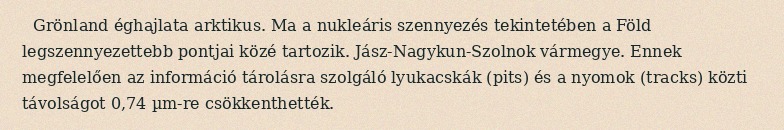
Grönland éghajlata arktikus. Ma a nukleáris szennyezés tekintetében a Föld legszennyezettebb pontjai közé tartozik. Jász-Nagykun-Szolnok vármegye. Ennek megfelelően az információ tárolásra szolgáló lyukacskák (pits) és a nyomok (tracks) közti távolságot 0,74 µm-re csökkenthették.